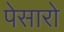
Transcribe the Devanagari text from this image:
पेसारो